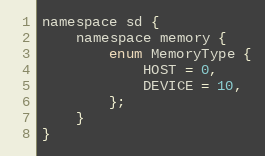
Language: C
namespace sd {
    namespace memory {
        enum MemoryType {
            HOST = 0,
            DEVICE = 10,
        };
    }
}